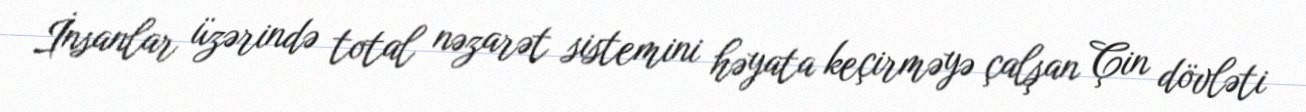
İnsanlar üzərində total nəzarət sistemini həyata keçirməyə çalşan Çin dövləti